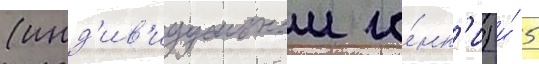
(инд'ив'идуальнои го́нк'и) и́ 5